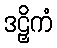
ဒဠှိကံ